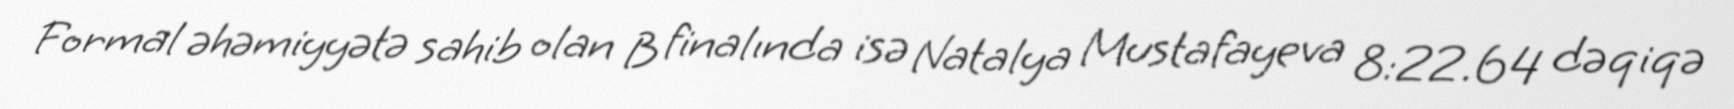
Formal əhəmiyyətə sahib olan B finalında isə Natalya Mustafayeva 8:22.64 dəqiqə